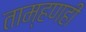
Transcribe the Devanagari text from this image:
ताम्हणही